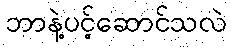
ဘာနဲ့ပင့်ဆောင်သလဲ